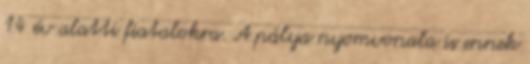
14 év alatti fiatalokra. A pálya nyomvonala is ennek